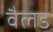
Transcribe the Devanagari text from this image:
वैलड